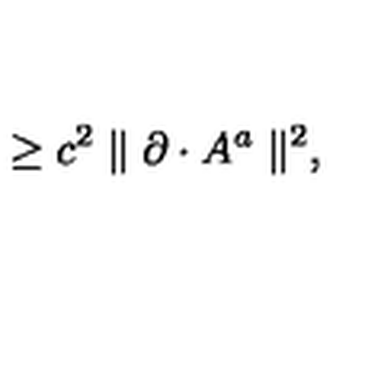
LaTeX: \geq c ^ { 2 } \parallel \partial \cdot A ^ { a } \parallel ^ { 2 } ,